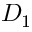
D _ { 1 }